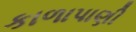
કાળાપાણી